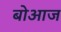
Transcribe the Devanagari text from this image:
बोआज